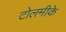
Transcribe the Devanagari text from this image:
टोलमीके